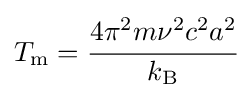
T_{\rm {m}}={\cfrac {4\pi ^{2}m\nu ^{2}c^{2}a^{2}}{k_{\rm {B}}}}